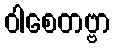
ဝါစေတဗ္ဗာ